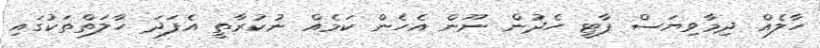
ހާލެއް ދިމާވިޔަސް ޕާޓީ ހެދުން ނޫން އެހެން ކަމެއް ނުކުރާތީ އެފަދަ ހާލަތްތަކުގައި